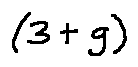
( 3 + g )